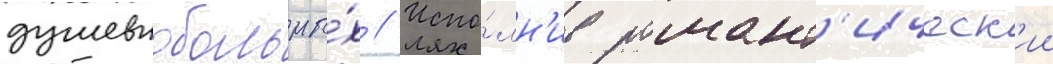
душевнобольны́х // Испо́лн'ив романт'ическ'ии